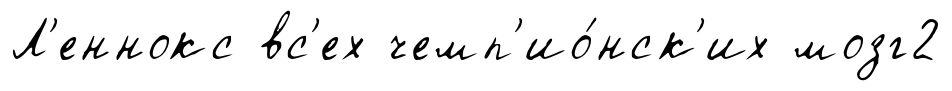
Л'еннокс вс'ех чемп'ио́нск'их мозг2